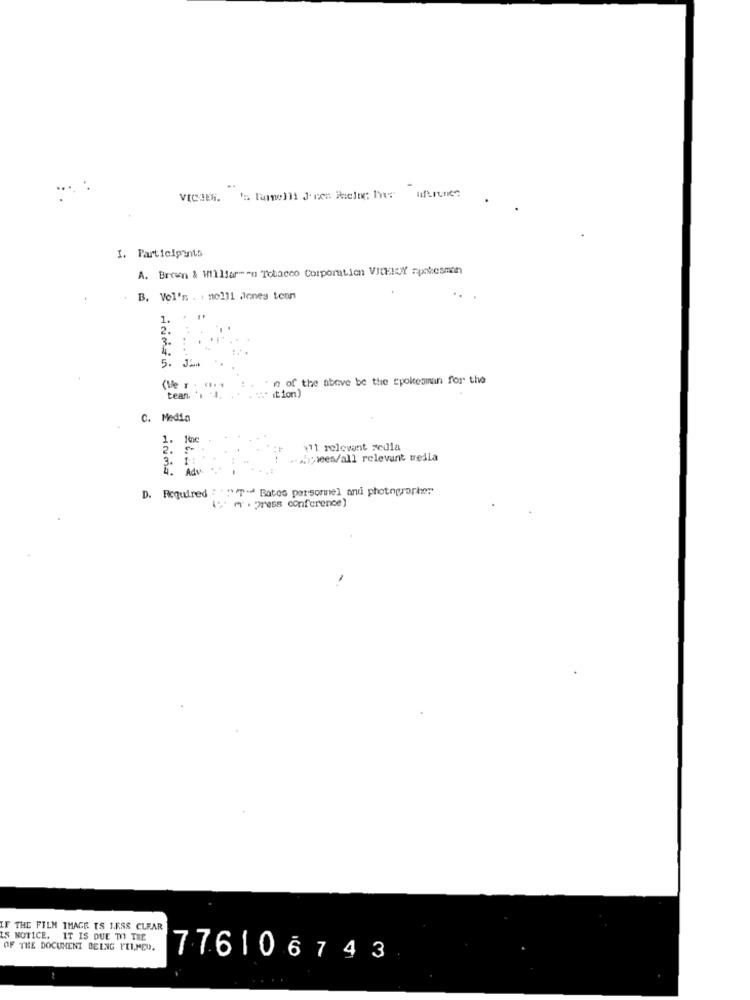
I. Participants
A. Brcen & Willfarmen Tobacco Corporation VICHHOY spokesman
B. Vol'n . 1 no1)1 Jones tenn
1.
2.
3.
5.
' n of the above be the spokesman for the
(Me r
tean. .. ..
s ition)
C. Media
1.
2.
171 relevant vedla
3. 1:
hopees/all relevant tredla
Ady.
D. Required : " "" T- Bates personnel anui photographer
F THE FILM IMAGE TS 1.F.SS CLEAR
IS NOTICE. IT IS DUE TO THE
OF THE DOCUMENT BEING FELMED.
776106743